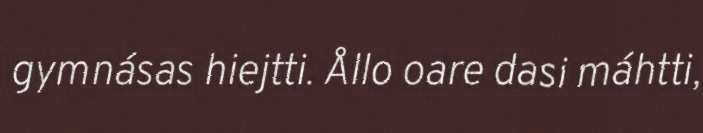
gymnásas hiejtti. Ållo oare dasi máhtti,